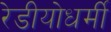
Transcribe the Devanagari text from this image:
रेडीयोधर्मी